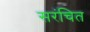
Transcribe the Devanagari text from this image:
सरंचित